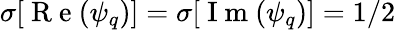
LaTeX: \sigma[\mathrm{~R~e~}(\psi_{q})]=\sigma[\mathrm{~I~m~}(\psi_{q})]=1/2